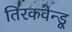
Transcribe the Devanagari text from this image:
तिरकवेन्डू